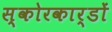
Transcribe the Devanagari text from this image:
स्कोरकार्डों